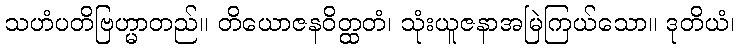
သဟံပတိဗြဟ္မာတည်။ တိယောဇနဝိတ္ထတံ၊ သုံးယူဇနာအမြဲကြယ်သော။ ဒုတိယံ၊